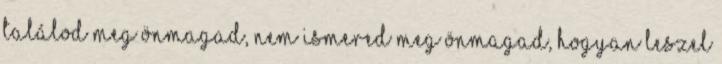
találod meg önmagad, nem ismered meg önmagad, hogyan leszel